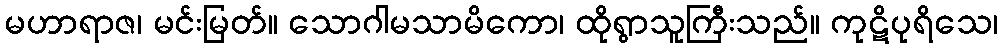
မဟာရာဇ၊ မင်းမြတ်။ သောဂါမသာမိကော၊ ထိုရွာသူကြီးသည်။ ကုဋိပုရိသေ၊